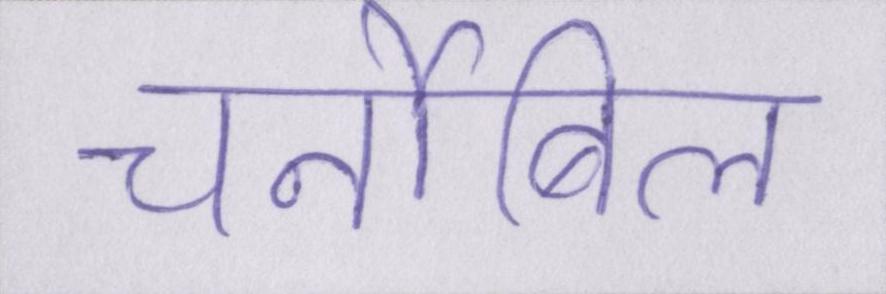
चर्नोबिल